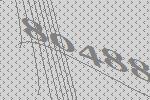
80488